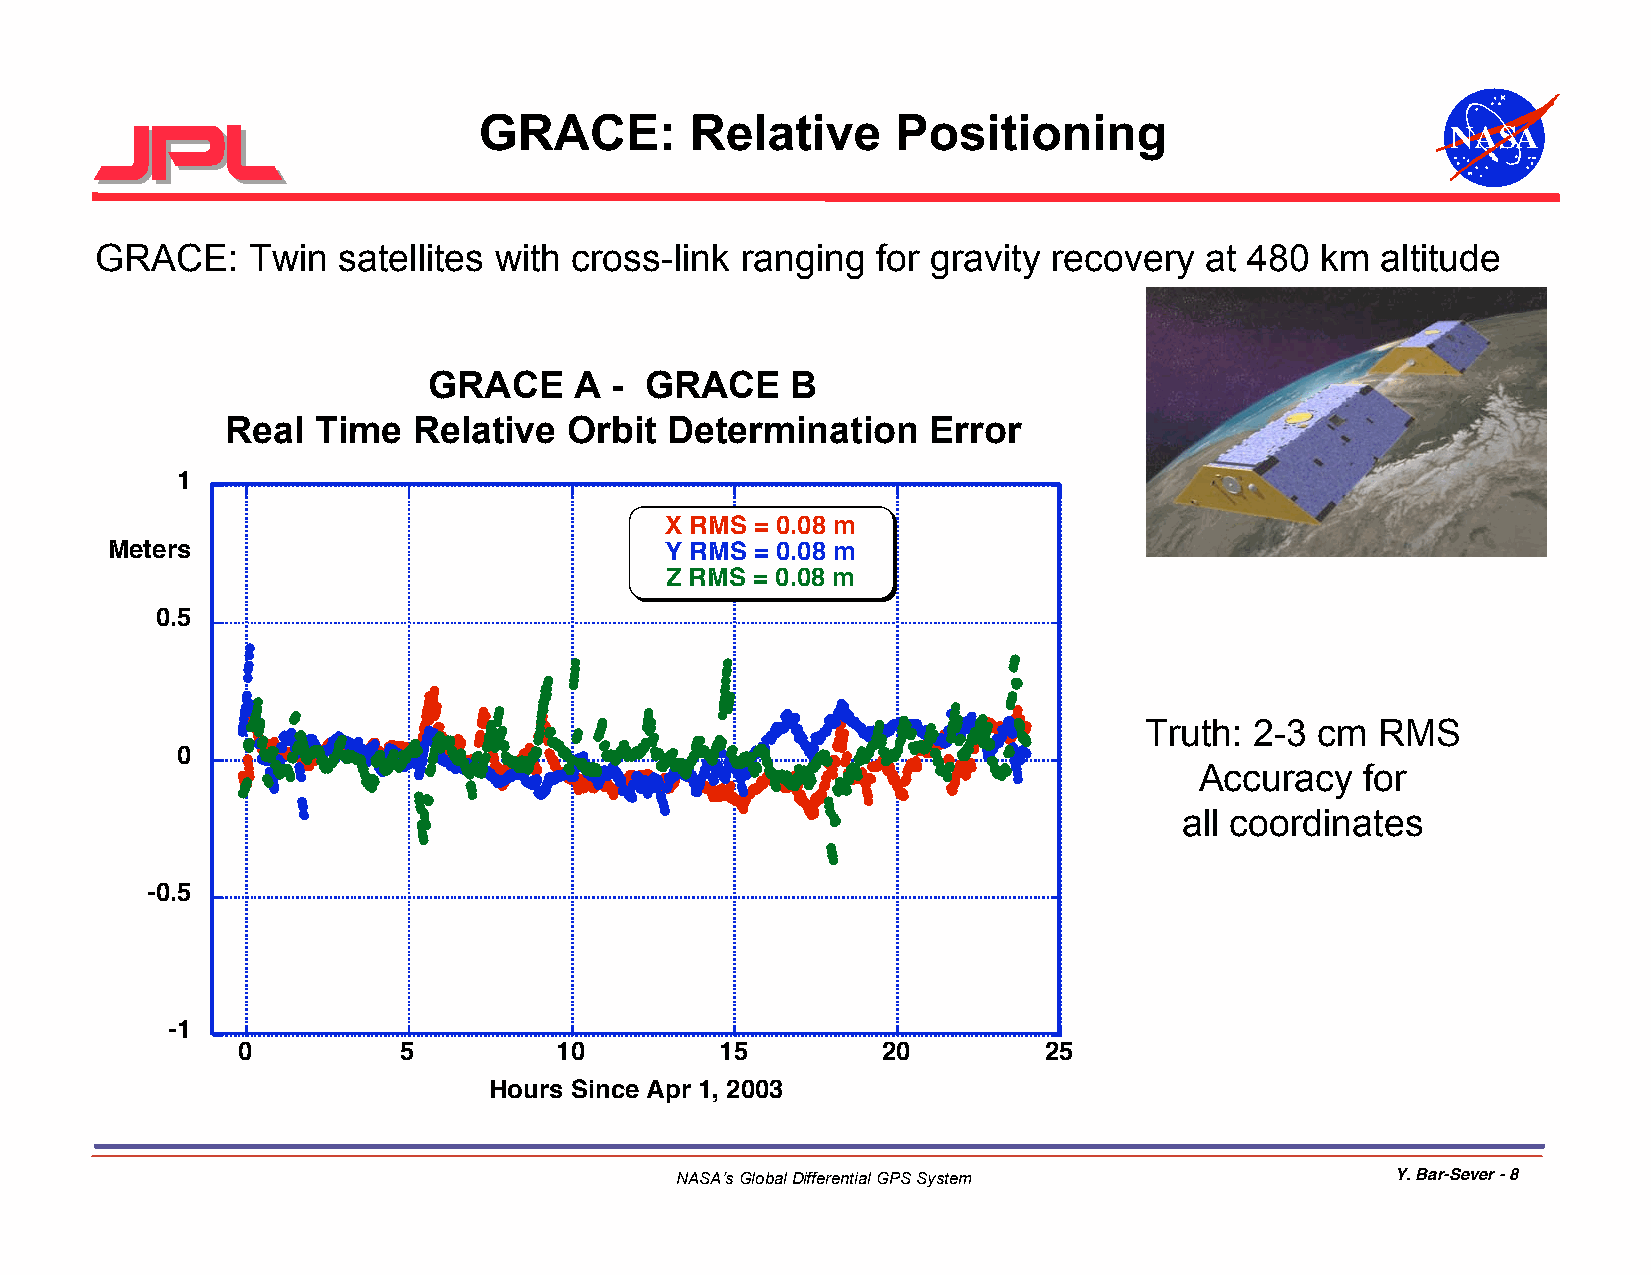
GRACE:        Relative     Positioning
 NASA
 GRACE:    Twin  satellites with cross-link ranging  for gravity recovery  at 480 km  altitude
 GRACE     A -  GRACE    B
 Real  Time  Relative   Orbit Determination    Error
 1
 X RMS = 0.08 m
 Meters                               Y RMS = 0.08 m
 Z RMS = 0.08 m
 0.5
 Truth: 2-3 cm  RMS
 0
 Accuracy   for
 all coordinates
 -0.5
 -1
 0         5          10         15        20         25
 Hours Since Apr 1, 2003
 NASA’s Global Differential GPS System          Y. Bar-Sever - 8